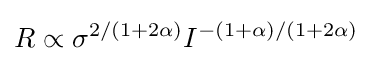
R\propto \sigma ^{2/(1+2\alpha )}I^{-(1+\alpha )/(1+2\alpha )}